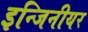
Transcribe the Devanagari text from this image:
इन्जिनीयर